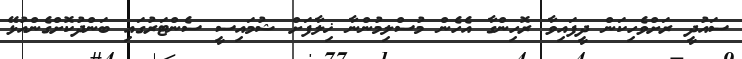
ސައުދީ ރަށްވެހިކަން ދީފައިވާ ރޮހިންގާ އެހެން މުސްލިމުންނާ ޚިލާފަށް ޝުމައިސީ ސެންޓަރުގައި ބަންދުކޮށްގެންއުޅޭ